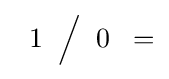
\;\;1\;\;{\Big /}\;\;0\;\;=